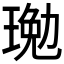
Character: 𤧔